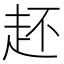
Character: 䞜